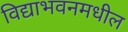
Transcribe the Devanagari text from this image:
विद्याभवनमधील